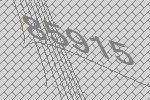
85915